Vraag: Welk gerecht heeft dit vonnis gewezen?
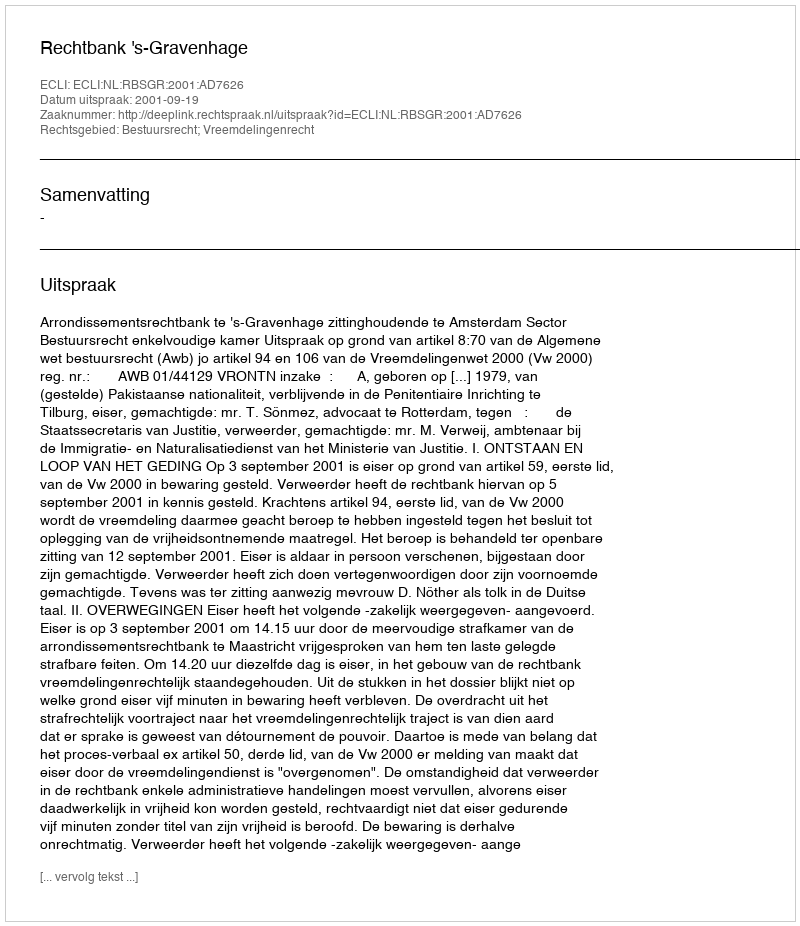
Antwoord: Rechtbank 's-Gravenhage